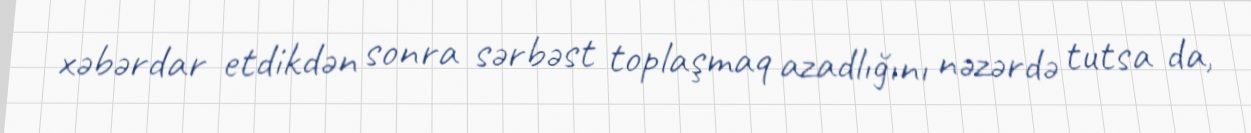
xəbərdar etdikdən sonra sərbəst toplaşmaq azadlığını nəzərdə tutsa da,